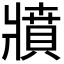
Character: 𤖘